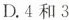
D.4和3